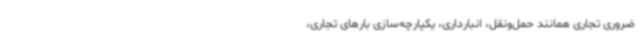
ضروری تجاری همانند حمل‌ونقل، انبارداری، یکپارچه‌سازی بارهای تجاری،